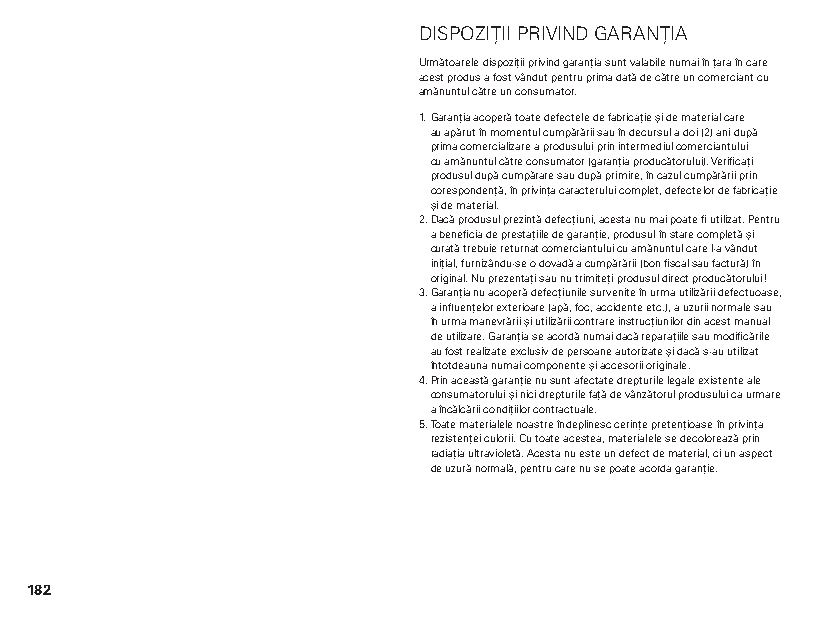
DISPOZIȚII PRIVIND GARANȚIA
 Următoarele dispoziții privind garanția sunt valabile numai în țara în care
 acest produs a fost vândut pentru prima dată de către un comerciant cu
 amănuntul către un consumator.
 1. Garanția acoperă toate defectele de fabricație și de material care
 au apărut în momentul cumpărării sau în decursul a doi (2) ani după
 prima comercializare a produsului prin intermediul comerciantului
 cu amănuntul către consumator (garanția producătorului). Verificați
 produsul după cumpărare sau după primire, în cazul cumpărării prin
 corespondență, în privința caracterului complet, defectelor de fabricație
 și de material.
 2. Dacă produsul prezintă defecțiuni, acesta nu mai poate fi utilizat. Pentru
 a beneficia de prestațiile de garanție, produsul în stare completă și
 curată trebuie returnat comerciantului cu amănuntul care l-a vândut
 inițial, furnizându-se o dovadă a cumpărării (bon fiscal sau factură) în
 original. Nu prezentați sau nu trimiteți produsul direct producătorului!
 3. Garanția nu acoperă defecțiunile survenite în urma utilizării defectuoase,
 a influențelor exterioare (apă, foc, accidente etc.), a uzurii normale sau
 în urma manevrării și utilizării contrare instrucțiunilor din acest manual
 de utilizare. Garanția se acordă numai dacă reparațiile sau modificările
 au fost realizate exclusiv de persoane autorizate și dacă s-au utilizat
 întotdeauna numai componente și accesorii originale.
 4. Prin această garanție nu sunt afectate drepturile legale existente ale
 consumatorului și nici drepturile față de vânzătorul produsului ca urmare
 a încălcării condițiilor contractuale.
 5. Toate materialele noastre îndeplinesc cerințe pretențioase în privința
 rezistenței culorii. Cu toate acestea, materialele se decolorează prin
 radiația ultravioletă. Acesta nu este un defect de material, ci un aspect
 de uzură normală, pentru care nu se poate acorda garanție.
 182